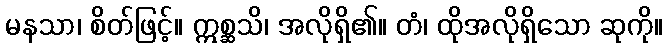
မနသာ၊ စိတ်ဖြင့်။ ဣစ္ဆသိ၊ အလိုရှိ၏။ တံ၊ ထိုအလိုရှိသော ဆုကို။